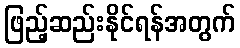
ဖြည့်ဆည်းနိုင်ရန်အတွက်